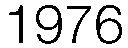
1976